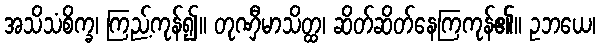
အသိသံစိက္ခ၊ ကြည့်ကုန်၍။ တုဏှီမာသိတ္ထ၊ ဆိတ်ဆိတ်နေကြကုန်၏။ ဥဘယေ၊